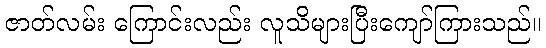
ဇာတ်လမ်း ကြောင်းလည်း လူသိများပြီးကျော်ကြားသည်။